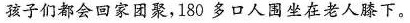
孩子们都会回家团聚，180多口人围坐在老人膝下。